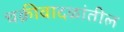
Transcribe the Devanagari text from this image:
चक्रीवादळांतील